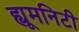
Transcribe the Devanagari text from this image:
ह्यूमनिटी